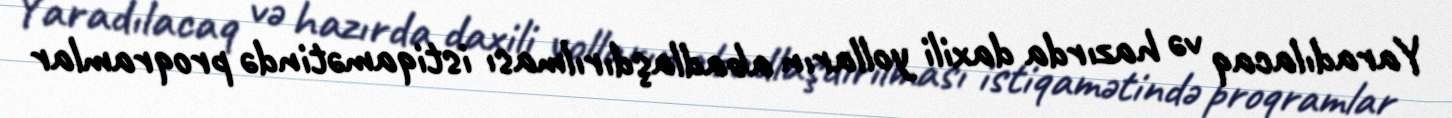
Yaradılacaq və hazırda daxili yolların abadlaşdırılması istiqamətində proqramlar